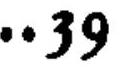
\(\cdots 39\)